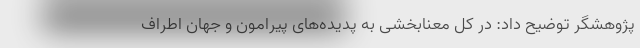
پژوهشگر توضیح داد: در کل معنابخشی به پدیده‌های پیرامون و جهان اطراف